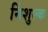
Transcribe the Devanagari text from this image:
निंशुल्क